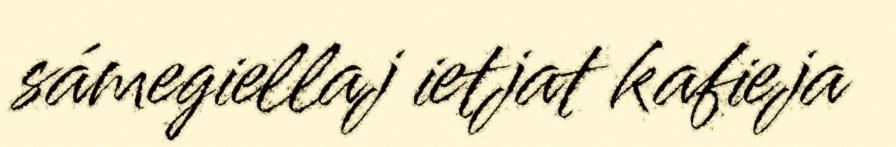
sámegiellaj ietjat kafieja